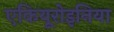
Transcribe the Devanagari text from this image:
एकियूरोइनिया